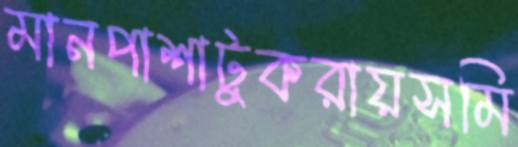
মানপাশাটুকরায়সমি